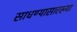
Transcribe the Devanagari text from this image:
साधण्यासारख्या